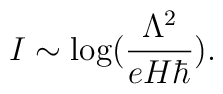
I \sim \log ({\Lambda^2 \over eH\hbar}).